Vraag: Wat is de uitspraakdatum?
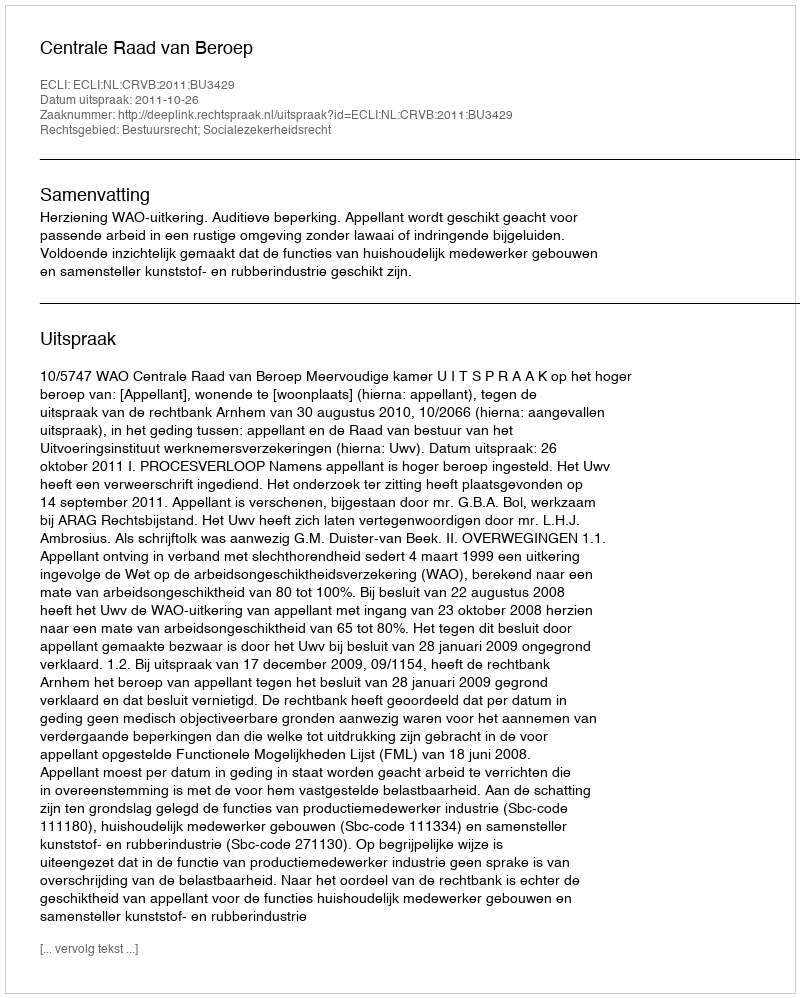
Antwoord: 2011-10-26